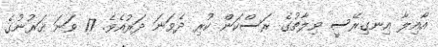
އާއިލާ އިނގިރޭސީ ވިލާތުގެ ރަސްކަން ކުރި ދެވަނަ ދަރުއެވެ. 17 ވަނަ ޤަރުނުގެ